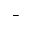
^ -